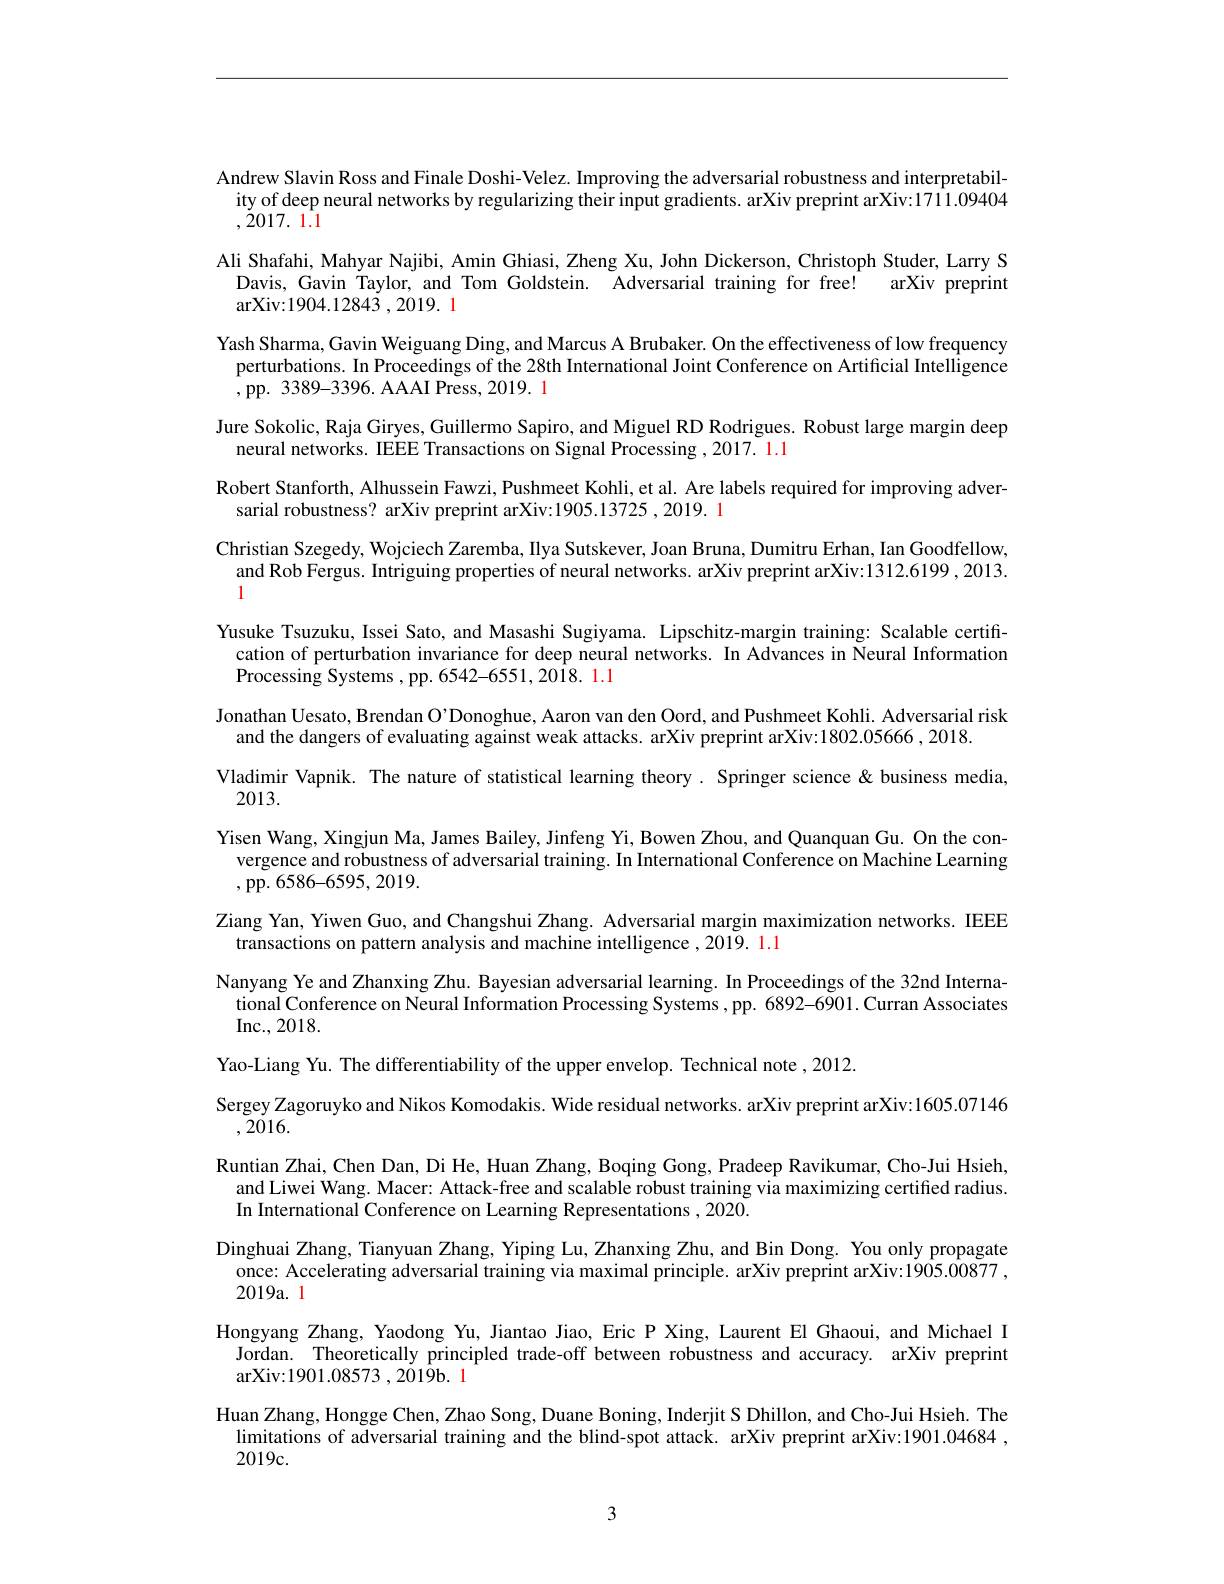
Andrew Slavin Ross and Finale Doshi-Velez. Improving the adversarial robustness and interpretability of deep neural networks by regularizing their input gradients. arXiv preprint arXiv:1711.09404 $, \dot{2} 017.$ 1.1
Ali Shafahi, Mahyar Najibi, Amin Ghiasi, Zheng Xu, John Dickerson, Christoph Studer, Larry S
Davis, Gavin Taylor, and Tom Goldstein. Adversarial training for free! arXiv preprint
arXiv: 1904. 12843 , 2019. 1
Yash Sharma, Gavin Weiguang Ding, and Marcus A Brubaker. On the effectiveness of low frequency
perturbations. In Proceedings of the 28th International Joint Conference on Artificial Intelligence
,pp. 3389-3396. AAAI Press, 2019. 1
Jure Sokolic, Raja Giryes, Guillermo Sapiro, and Miguel RD Rodrigues. Robust large margin deep
neural networks. IEEE Transactions on Signal Processing , 2017. 1.1
Robert Stanforth, Alhussein Fawzi, Pushmeet Kohli, et al. Are labels required for improving adver-
sarial robustness? arXiv preprint arXiv:1905.13725 ,2019. 1
Christian Szegedy, Wojciech Zaremba, Ilya Sutskever, Joan Bruna, Dumitru Erhan, Ian Goodfellow, $\begin{array}{l}\mathrm{and~Rob~Fergus.~Intriguing~properties~of~neural~networks.~arXiv~preprint~arXiv:1312.6199~,~2013.}\\\mathrm{l}\end{array}$ Yusuke Tsuzuku, Issei Sato, and Masashi Sugiyama. Lipschitz-margin training: Scalable certiffcation of perturbation invariance for deep neural networks. In Advances in Neural Information Processing Systems ,pp. 6542-6551$,20\bar{18}.11$
Jonathan Uesato, Brendan O'Donoghue, Aaron van den Oord, and Pushmeet Kohli. Adversarial risk
and the dangers of evaluating against weak attacks. arXiv preprint arXiv:1802.05666,2018.
Vladimir Vapnik. The nature of statistical learning theory. Springer science&business media,
2013.
Yisen Wang, Xingjun Ma, James Bailey, Jinfeng Yi, Bowen Zhou, and Quanquan Gu. On the con-
vergence and robustness of adversarial training. In International Conference on Machine Learning
,pp.6586-6595,2019.
Ziang Yan, Yiwen Guo, and Changshui Zhang. Adversarial margin maximization networks. IEEE
transactions on pattern analysis and machine intelligence $,2019.\color{red}{1.1}$
Nanyang Ye and Zhanxing Zhu. Bayesian adversarial learning. In Proceedings of the 32nd Interna-
tional Conference on Neural Information Processing Systems , pp. 6892-6901. Curran Associates
Inc. , 2018.
Yao-Liang Yu. The differentiability of the upper envelop. Technical note ,2012.
Sergey Zagoruyko and Nikos Komodakis. Wide residual networks. arXiv preprint arXiv:1605.07146
,2016.
Runtian Zhai, Chen Dan, Di He, Huan Zhang, Boqing Gong, Pradeep Ravikumar, Cho-Jui Hsieh, and Liwei Wang. Macer: Attack-free and scalable robust training via maximizing certified radius. In International Conference on Learning Representations ,2020.
Dinghuai Zhang, Tianyuan Zhang, Yiping Lu, Zhanxing Zhu, and Bin Dong. You only propagate
once: Accelerating adversarial training via maximal principle. arXiv preprint arXiv:1905.00877 ,
2019a. 1
Hongyang Zhang, Yaodong Yu, Jiantao Jiao, Eric P Xing, Laurent El Ghaoui, and Michael I
Jordan. Theoretically principled trade-off between robustness and accuracy. arXiv preprint
${\mathrm{arXiv:1901.08573~,2019b.~1}}$
Huan Zhang, Hongge Chen, Zhao Song, Duane Boning, Inderjit S Dhillon, and Cho-Jui Hsieh. The
limitations of adversarial training and the blind-spot attack. arXiv preprint arXiv:1901.04684 ,
2019c.
3